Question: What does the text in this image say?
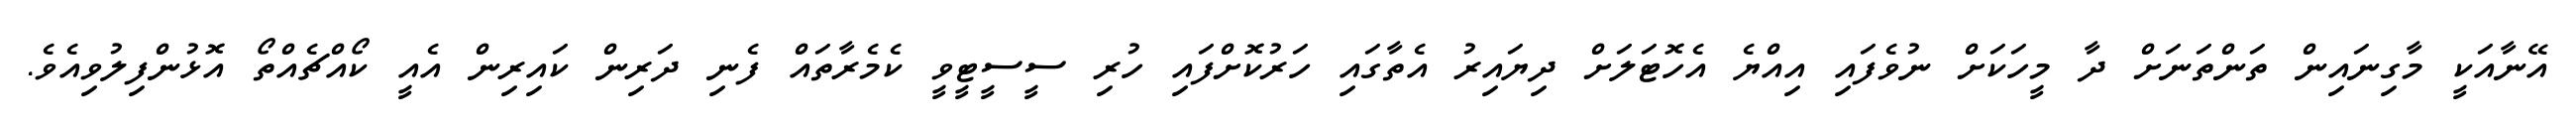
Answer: އޭނާއަކީ މާގިނައިން ތަންތަނަށް ދާ މީހަކަށް ނުވެފައި އިއްޔެ އެހޮޓަލަށް ދިޔައިރު އެތާގައި ހަރުކޮށްފައި ހުރި ސީސީޓީވީ ކެމެރާތައް ފެނި ދަރިން ކައިރިން އެއީ ކޯއްޗެއްތޯ އޮޅުންފިލުވިއެވެ.